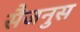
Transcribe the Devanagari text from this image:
सैजनुस